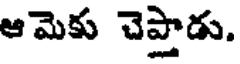
ఆమెకు చెప్తాడు.